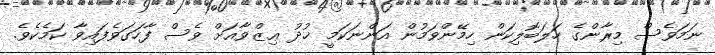
ނަމަވެސް މިރާންގެ ހަލަބޮލިކަން ހިމޭންވަމުން އަންނަކަމީ ޚުދު ޢިޒްވާއަށް ވެސް ފާހަގަވެފައިވާ ކަމެކެވެ.